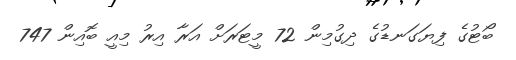
ބޯޓުގެ ފިޔަގަނޑުގެ ދިގުމިން 72 މީޓަރަށް އަރާ އިރު މިއީ ބޮއިން 747